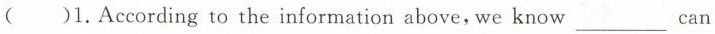
( )1.According to the information above，we know___ can